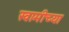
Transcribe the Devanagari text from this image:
स्‍वामीच्‍या